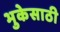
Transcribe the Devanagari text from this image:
भुकेसाठी